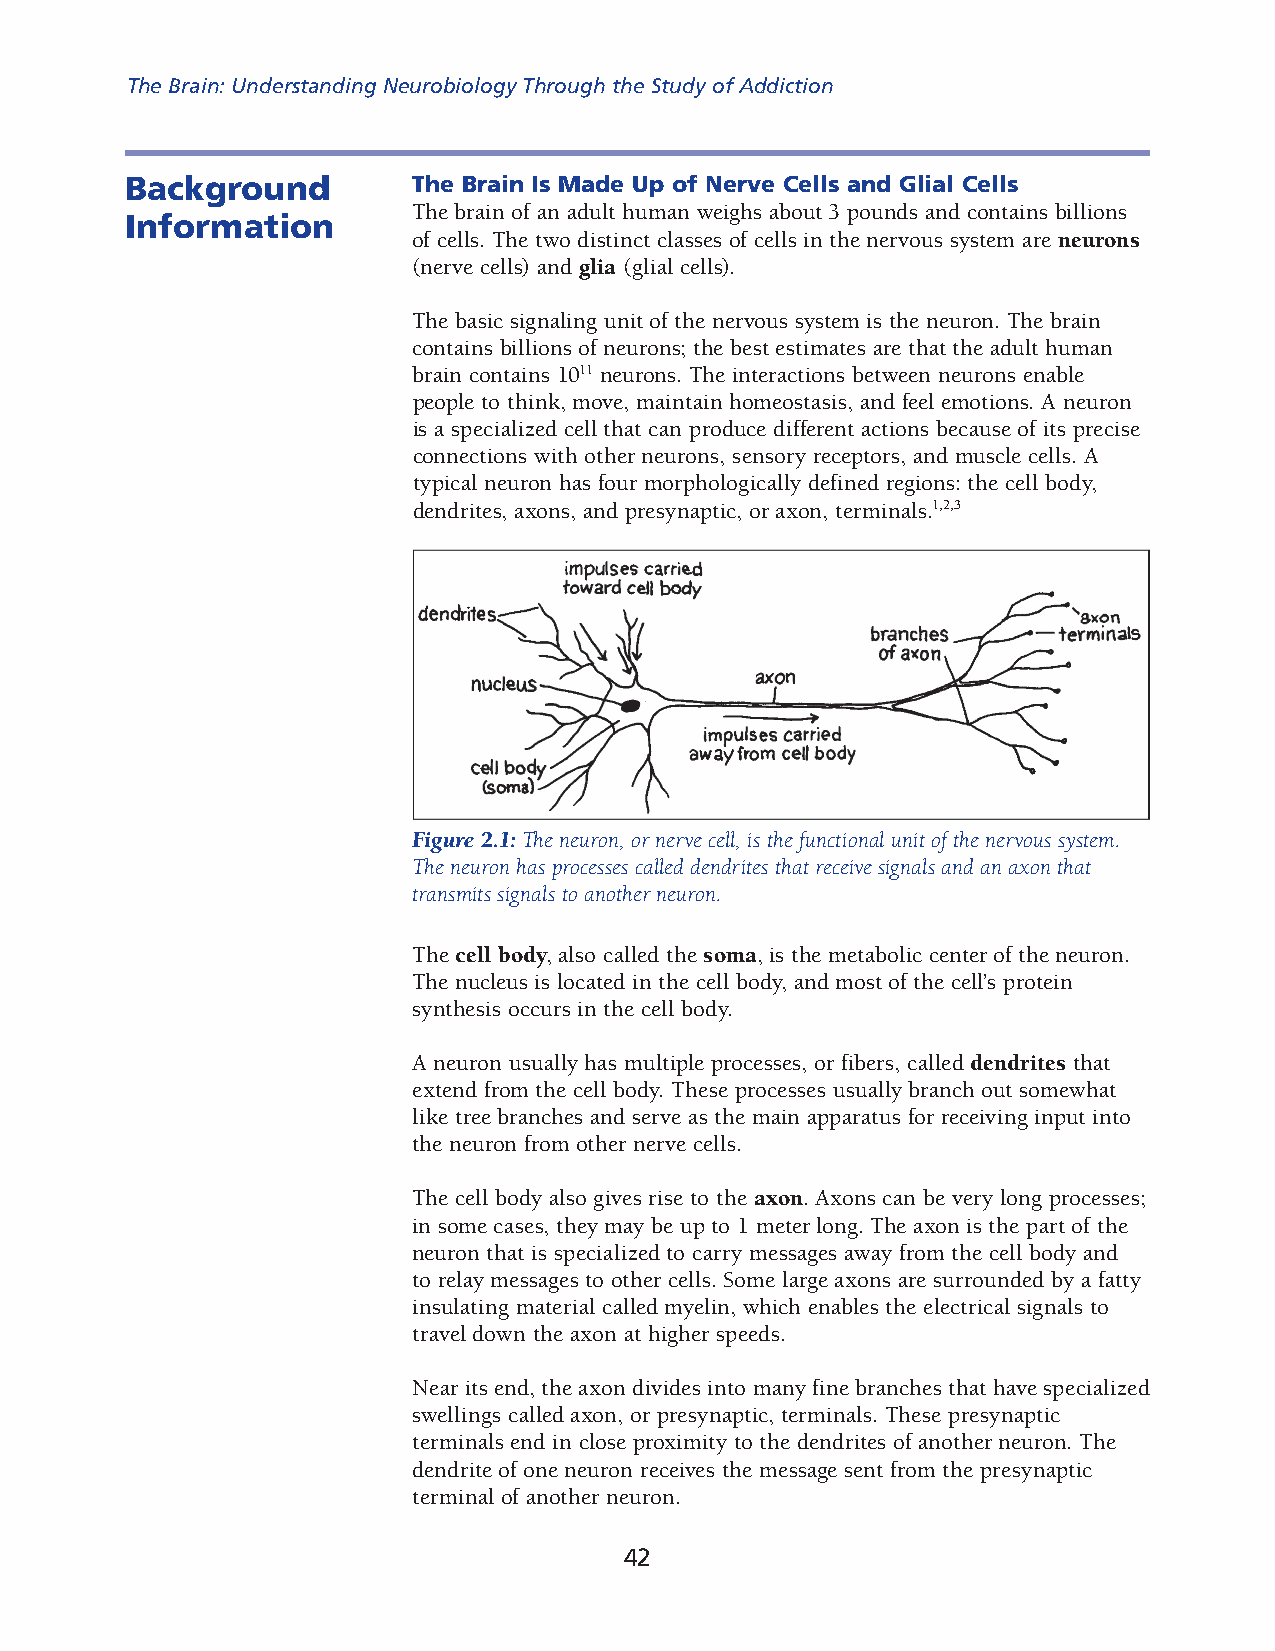
The Brain: Understanding Neurobiology Through the Study of Addiction
 Background         The Brain Is Made Up of Nerve Cells and Glial Cells
 The brain of an adult human weighs about 3 pounds and contains billions
 Information
 of cells. The two distinct classes of cells in the nervous system are neurons
 (nerve cells) and glia (glial cells).
 The basic signaling unit of the nervous system is the neuron. The brain
 contains billions of neurons; the best estimates are that the adult human
 brain contains 1011 neurons. The interactions between neurons enable
 people to think, move, main tain homeostasis, and feel emotions. A neuron
 is a specialized cell that can pro duce different actions because of its precise
 connections with other neurons, sensory receptors, and muscle cells. A
 typical neuron has four morphologically defined regions: the cell body,
 dendrites, axons, and presynaptic, or axon, terminals.1,2,3
 Figure 2.1: The neuron, or nerve cell, is the functional unit of the nervous system.
 The neuron has processes called dendrites that receive signals and an axon that
 transmits signals to another neuron.
 The cell body, also called the soma, is the metabolic center of the neuron.
 The nucleus is located in the cell body, and most of the cell’s protein
 synthesis occurs in the cell body.
 A neuron usually has multiple processes, or fibers, called dendrites that
 extend from the cell body. These processes usually branch out somewhat
 like tree branches and serve as the main apparatus for receiving input into
 the neuron from other nerve cells.
 The cell body also gives rise to the axon. Axons can be very long processes;
 in some cases, they may be up to 1 meter long. The axon is the part of the
 neuron that is specialized to carry messages away from the cell body and
 to relay messages to other cells. Some large axons are surrounded by a fatty
 insulating material called myelin, which enables the electrical signals to
 travel down the axon at higher speeds.
 Near its end, the axon divides into many fine branches that have specialized
 swellings called axon, or presynaptic, terminals. These presynaptic
 terminals end in close proximity to the dendrites of another neuron. The
 dendrite of one neuron receives the message sent from the presynaptic
 terminal of another neuron.
 42